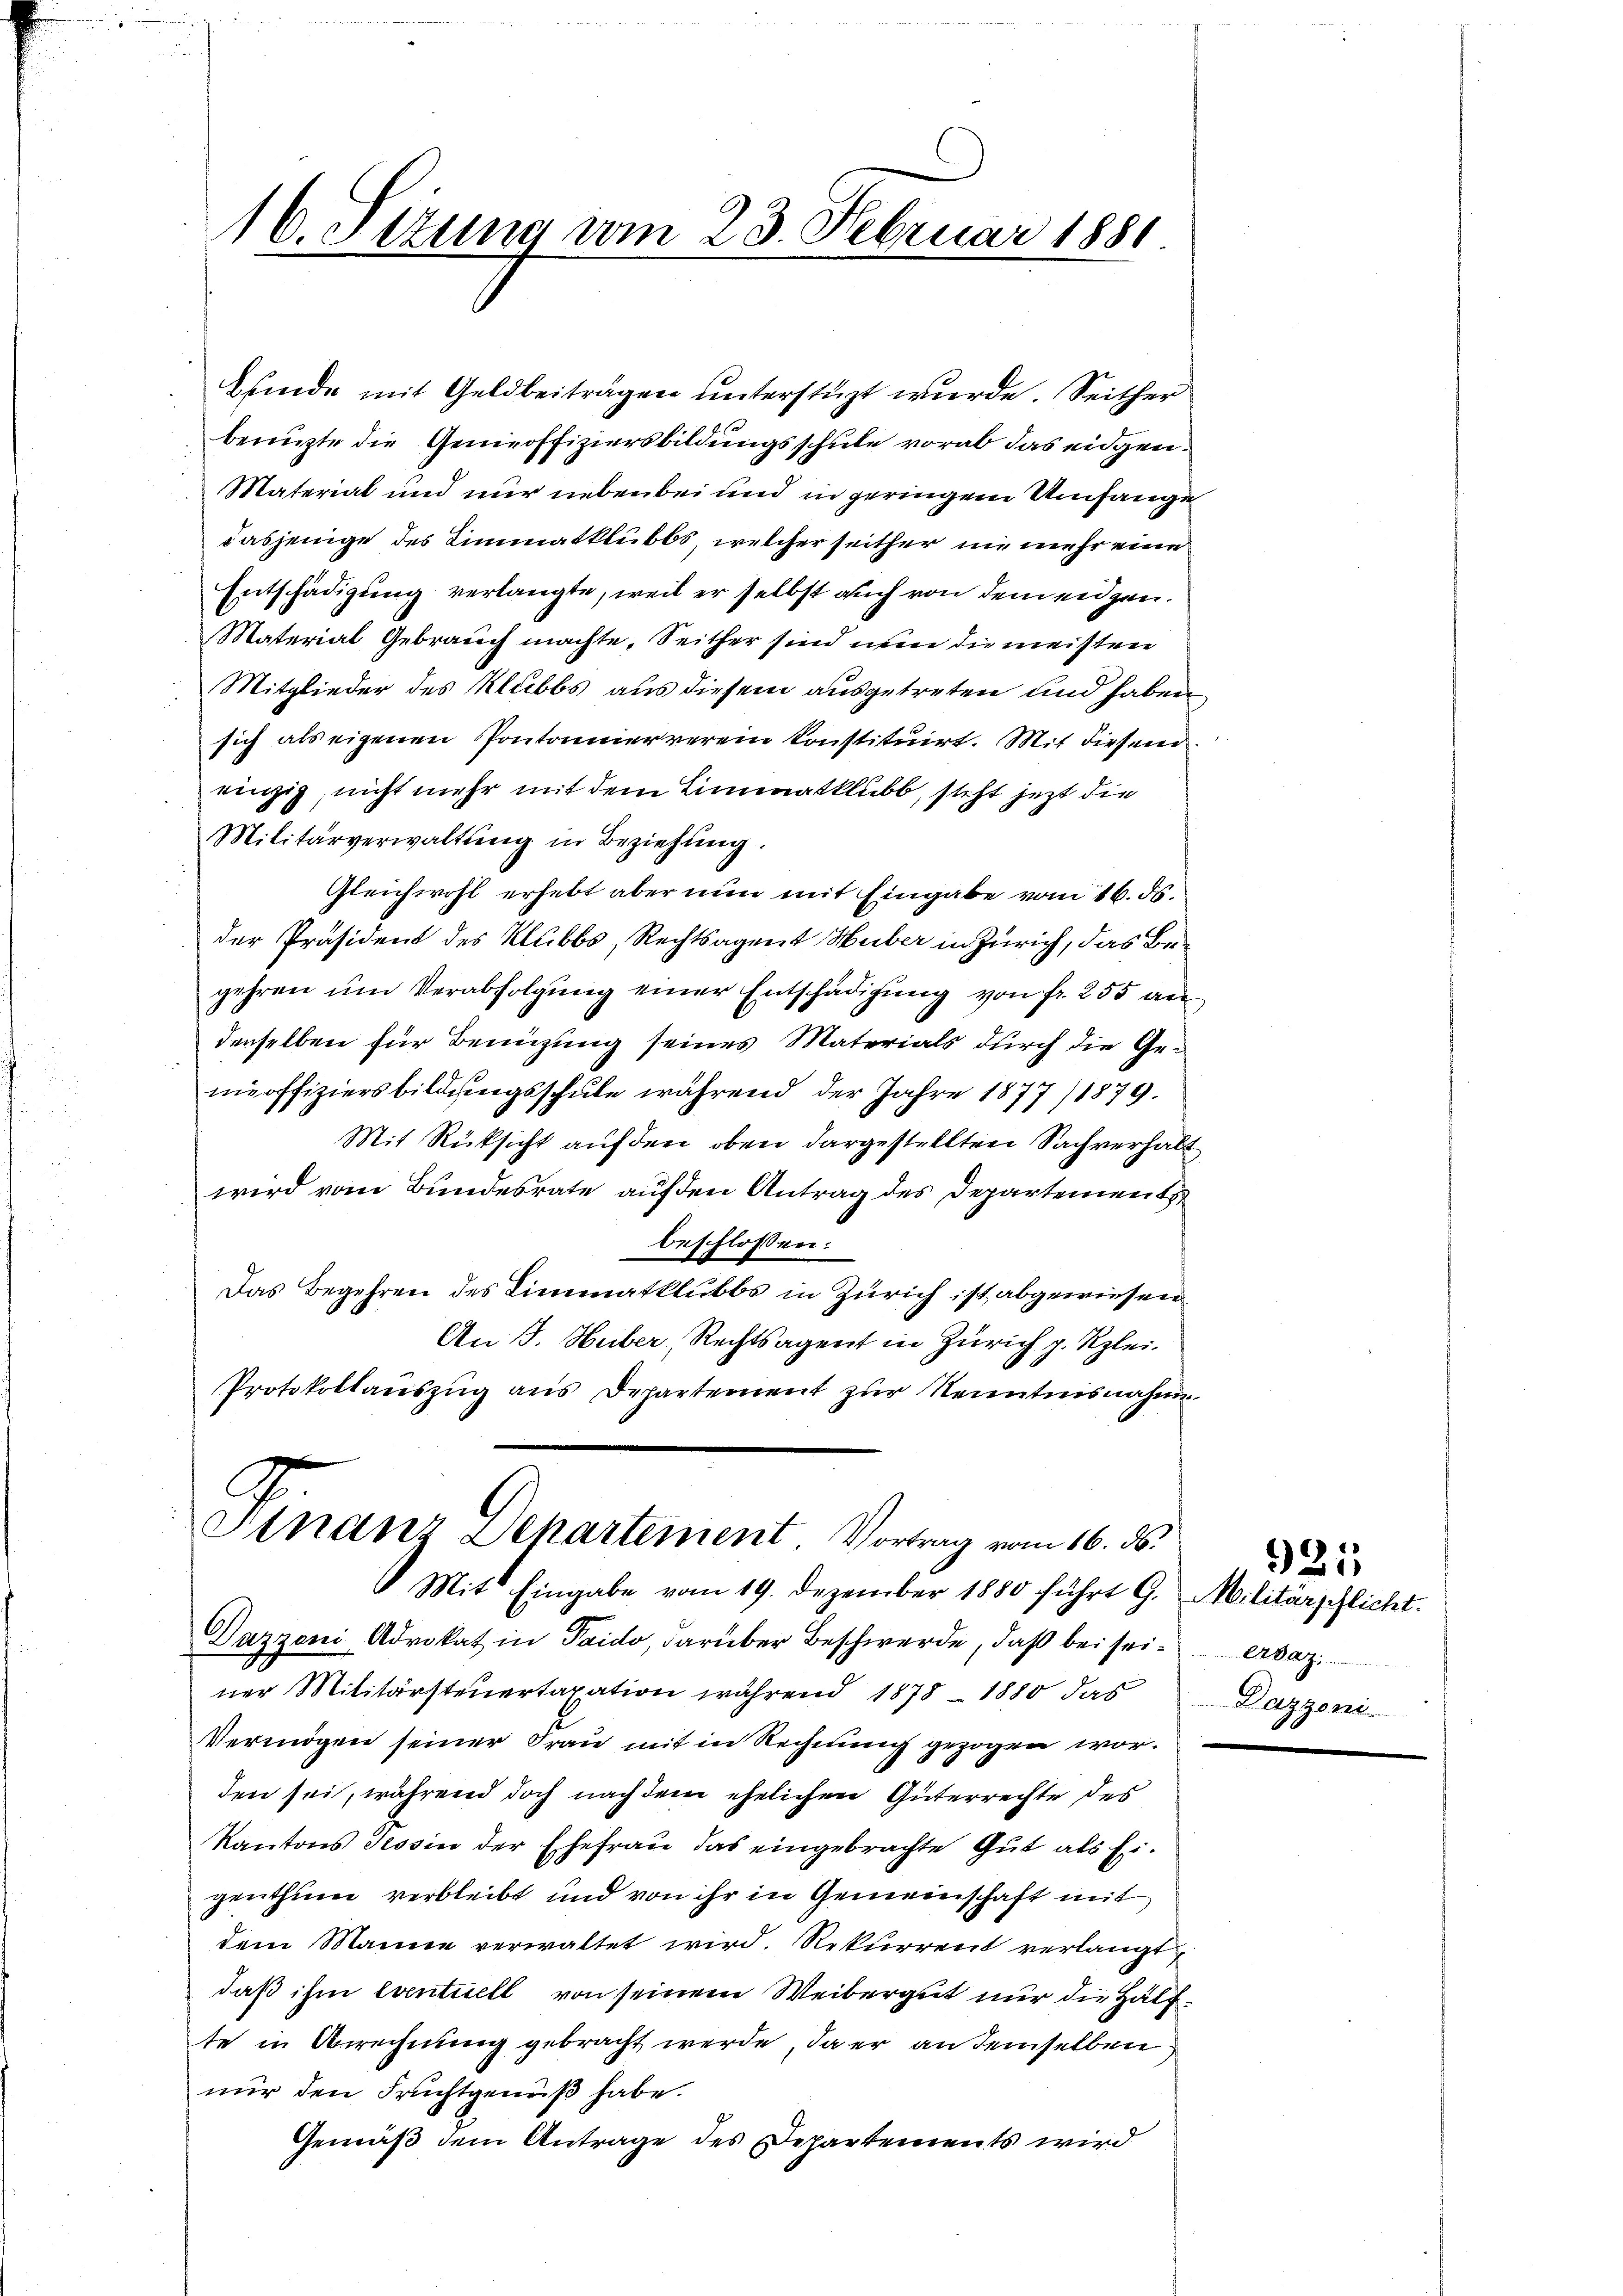
16. Sizung vom 23. Februar 1881.

bfinde mit Geldbeiträgen unterstüzt wurde. Seither
benuzte die Geneoffiziersbildungsschule vorab das eidgen.
Material und nur nebenbei und in geringem Umfange
dasjenige des Limmatklubbs welcher seither nie mehr eine
Entschädigung verlangte, weil er selbst auch von dem eidgen.
Material Gebrauch machte, Seither sind nun die meisten
Mitglieder des Klubbs aus diesem ausgetreten und haben
sich als eigenen Pontonnier verein konstituirt. Mit diesem
einzig, nicht mehr mit dem Limmatklubb, steht jetzt die
Militärverwaltung in Beziehung.
Gleichwohl erhebt aber nun mit Eingabe vom 16. ds.
der Präsident des Klubbs, Rechtsagent Huber in Zürich, das Begehren ŭm Verabfolgung einer Entschädigung von fr. 255 au
denselben für Benuzung seines Materials durch die Gemeoffiziersbildungsschule während der Jahre 1877/1879.
Mit Rücksicht auf den oben dargestellten Sachverhalt
wird vom Bundesrate auf den Antrag des Departement
beschlossen:
Das Begehren des Limmatklubbs in Zürich ist abgewiesen.
An J. Huber, Rechtsagent in Zürich p. Klei¬
Protokollauszug aus Departement zur Kenntnisnahme
Ananz Departement. Vortrag vom 16. ds.
Mit Eingabe vom 19. Dezember 1880 führt G. Militärschlicht.
Dazzoni Advokat in Paido, darüber Beschwerde, daß bei seiner Militärsteuertaxation während 1878 - 1880 das
Vermögen seiner Frau mit in Rechnung gezogen worden sei, während doch nach dem ehelichen Güterrechte des
Kantons Tessin der Ehefrau das eingebrachte Gut als Eigenthum verbleibt und von ihr in Gemeinschaft mit
dem Manie verwaltet wird. Rekurrent verlangt,
daß ihm eventuell von seinem Weibergut nur die Hälfte in Anrechnung gebracht werde, da er an demselben
nur den Fruchtgemäß habe.
Gemäß dem Antrage des Departements wird

921
.
Dazzeni